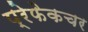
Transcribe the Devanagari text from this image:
प्रेफेकचर